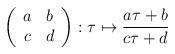
LaTeX: \begin{align*}\left( \begin{array}{cc}a & b\\c & d\end{array}\right) :\tau \mapsto \frac{a\tau +b}{c\tau +d}\end{align*}